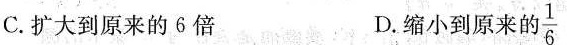
C.扩大到原来的6倍 D.缩小到原来的 $$\frac{1}{6}$$